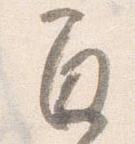
間